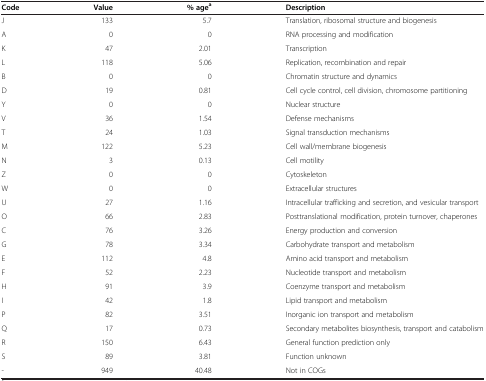
<table><thead><tr><td><b>Code</b></td><td><b>Value</b></td><td><b>% age<sup>a</sup></b></td><td><b>Description</b></td></tr></thead><tbody><tr><td>J</td><td>133</td><td>5.7</td><td>Translation, ribosomal structure and biogenesis</td></tr><tr><td>A</td><td>0</td><td>0</td><td>RNA processing and modification</td></tr><tr><td>K</td><td>47</td><td>2.01</td><td>Transcription</td></tr><tr><td>L</td><td>118</td><td>5.06</td><td>Replication, recombination and repair</td></tr><tr><td>B</td><td>0</td><td>0</td><td>Chromatin structure and dynamics</td></tr><tr><td>D</td><td>19</td><td>0.81</td><td>Cell cycle control, cell division, chromosome partitioning</td></tr><tr><td>Y</td><td>0</td><td>0</td><td>Nuclear structure</td></tr><tr><td>V</td><td>36</td><td>1.54</td><td>Defense mechanisms</td></tr><tr><td>T</td><td>24</td><td>1.03</td><td>Signal transduction mechanisms</td></tr><tr><td>M</td><td>122</td><td>5.23</td><td>Cell wall/membrane biogenesis</td></tr><tr><td>N</td><td>3</td><td>0.13</td><td>Cell motility</td></tr><tr><td>Z</td><td>0</td><td>0</td><td>Cytoskeleton</td></tr><tr><td>W</td><td>0</td><td>0</td><td>Extracellular structures</td></tr><tr><td>U</td><td>27</td><td>1.16</td><td>Intracellular trafficking and secretion, and vesicular transport</td></tr><tr><td>O</td><td>66</td><td>2.83</td><td>Posttranslational modification, protein turnover, chaperones</td></tr><tr><td>C</td><td>76</td><td>3.26</td><td>Energy production and conversion</td></tr><tr><td>G</td><td>78</td><td>3.34</td><td>Carbohydrate transport and metabolism</td></tr><tr><td>E</td><td>112</td><td>4.8</td><td>Amino acid transport and metabolism</td></tr><tr><td>F</td><td>52</td><td>2.23</td><td>Nucleotide transport and metabolism</td></tr><tr><td>H</td><td>91</td><td>3.9</td><td>Coenzyme transport and metabolism</td></tr><tr><td>I</td><td>42</td><td>1.8</td><td>Lipid transport and metabolism</td></tr><tr><td>P</td><td>82</td><td>3.51</td><td>Inorganic ion transport and metabolism</td></tr><tr><td>Q</td><td>17</td><td>0.73</td><td>Secondary metabolites biosynthesis, transport and catabolism</td></tr><tr><td>R</td><td>150</td><td>6.43</td><td>General function prediction only</td></tr><tr><td>S</td><td>89</td><td>3.81</td><td>Function unknown</td></tr><tr><td>-</td><td>949</td><td>40.48</td><td>Not in COGs</td></tr></tbody></table>